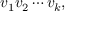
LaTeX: v _ { 1 } v _ { 2 } \cdots v _ { k } ,